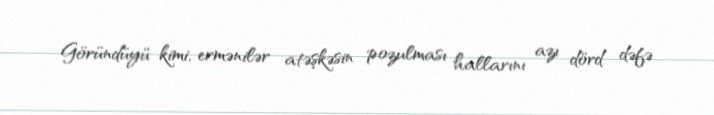
Göründüyü kimi, ermənilər atəşkəsin pozulması hallarını azı dörd dəfə